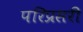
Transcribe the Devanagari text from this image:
परिप्रसरी